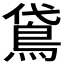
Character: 𬷈